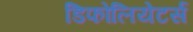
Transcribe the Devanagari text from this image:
डिफोलियेटर्स